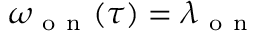
\omega _ { \mathrm { ~ o ~ n ~ } } ( \tau ) = \lambda _ { \mathrm { ~ o ~ n ~ } }